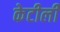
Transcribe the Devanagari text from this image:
केटीली